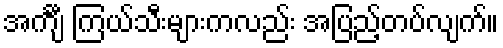
အင်္ကျီ ကြယ်သီးများကလည်း အပြည့်တပ်လျက်။